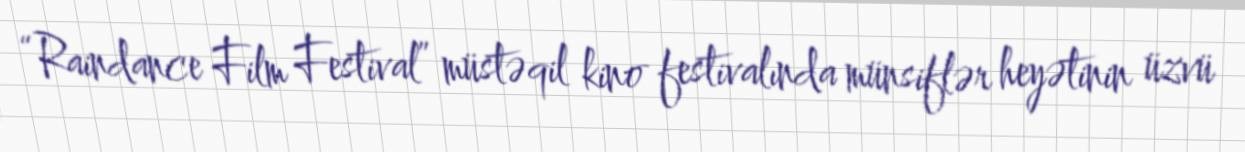
“Raindance Film Festival” müstəqil kino festivalında münsiflər heyətinin üzvü